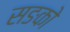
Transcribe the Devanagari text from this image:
सङको